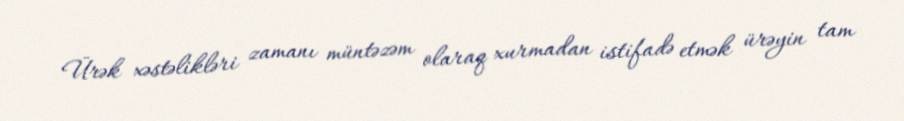
Ürək xəstəlikləri zamanı müntəzəm olaraq xurmadan istifadə etmək ürəyin tam